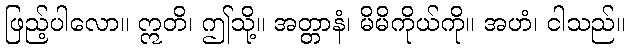
ဖြည့်ပါလော။ ဣတိ၊ ဤသို့။ အတ္တာနံ၊ မိမိကိုယ်ကို။ အဟံ၊ ငါသည်။